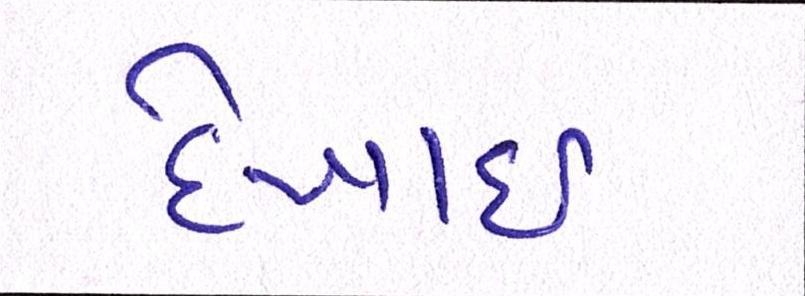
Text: દેખાઈ